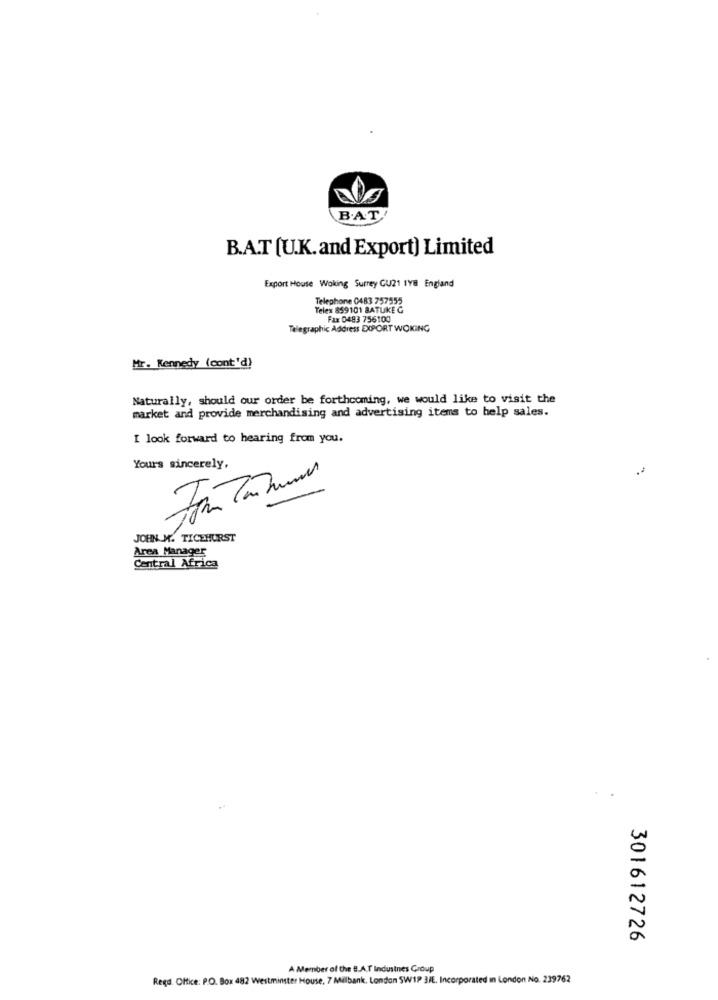
B.AT'
B.A.T (U.K. and Export) Limited
Export House Woking Surrey CU21 IYE England
Telephone 0483 757555
Telex 859101 BATUKE Ć
Fax 0483 756100
Telegraphic Address EXPORT WOKING
Mr. Kennedy (cont'd)
Naturally, should our order be forthcoming, we would like to visit the
market and provide merchandising and advertising items to help sales.
I look forward to hearing from you.
Yours sincerely,
JOHN M. TICEHURST
Area Manager
Central Africa
301612726
A Member of the B.A.T Industnes Group
Regd. Office: P.O. Box 482 Westminster House, 7 Milbank, London SW1P 3/E. Incorporated in London No. 239762